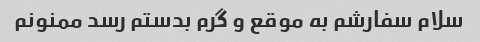
سلام سفارشم به موقع و گرم بدستم رسد ممنونم